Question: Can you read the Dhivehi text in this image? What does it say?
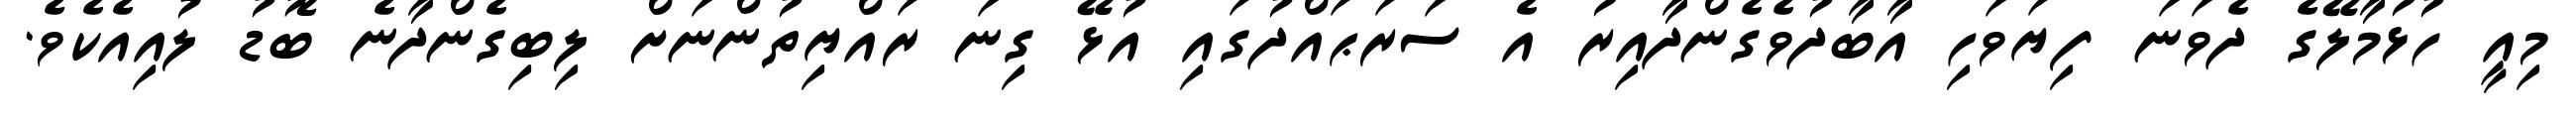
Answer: މިއީ ހުޅުމާލޭގެ ދެވަނަ ފިޔަވަހި އާބާދުވެގެންދާއިރު އެ ސަރަޙައްދުގައި އުޅޭ ގިނަ ރައްޔިތުންނަށް ލިބިގެންދާނެ ބޮޑު ލުއިއެކެވެ.